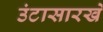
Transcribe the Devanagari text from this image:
उंटासारखे